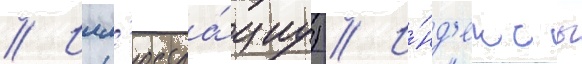
// Илл'юстра́циу) // И́нд'ексы